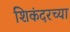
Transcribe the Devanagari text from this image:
शिकंदरच्या